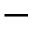
-